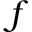
f